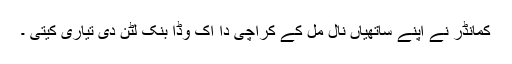
کمانڈر نے اپنے ساتھیاں نال مل کے کراچی دا اک وڈا بنک لٹن دی تیاری کیتی ۔